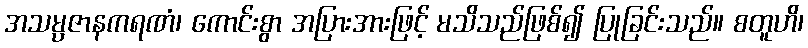
အသမ္ပဇာနကရဏံ၊ ကောင်းစွာ အပြားအားဖြင့် မသိသည်ဖြစ်၍ ပြုခြင်းသည်။ စတူဟိ၊